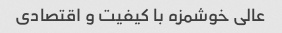
عالی خوشمزه با کیفیت و اقتصادی